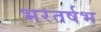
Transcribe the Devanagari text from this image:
भरतर्षभ